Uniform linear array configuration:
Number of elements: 32
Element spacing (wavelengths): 1
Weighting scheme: kaiser
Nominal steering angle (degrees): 60
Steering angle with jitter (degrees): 58.824
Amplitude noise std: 0.05
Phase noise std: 0.05

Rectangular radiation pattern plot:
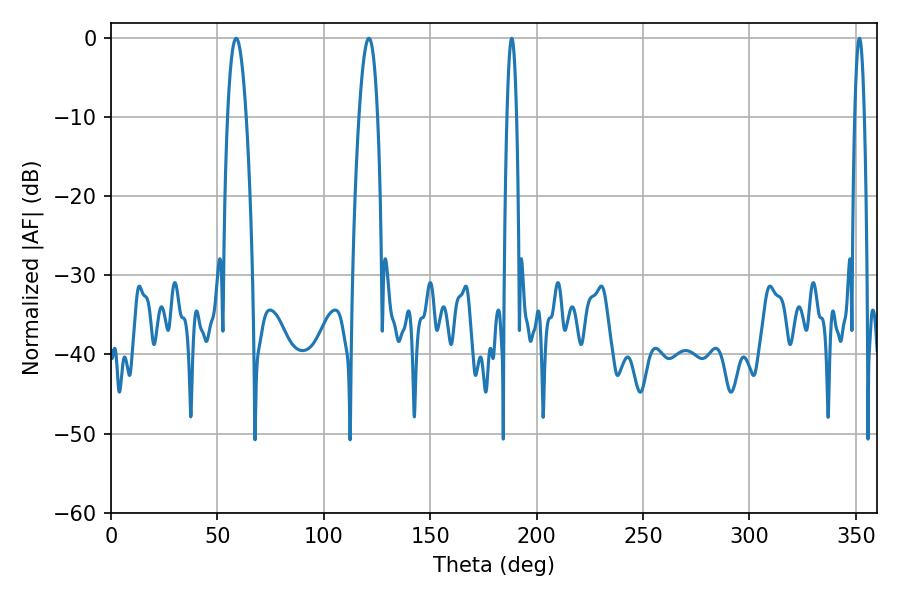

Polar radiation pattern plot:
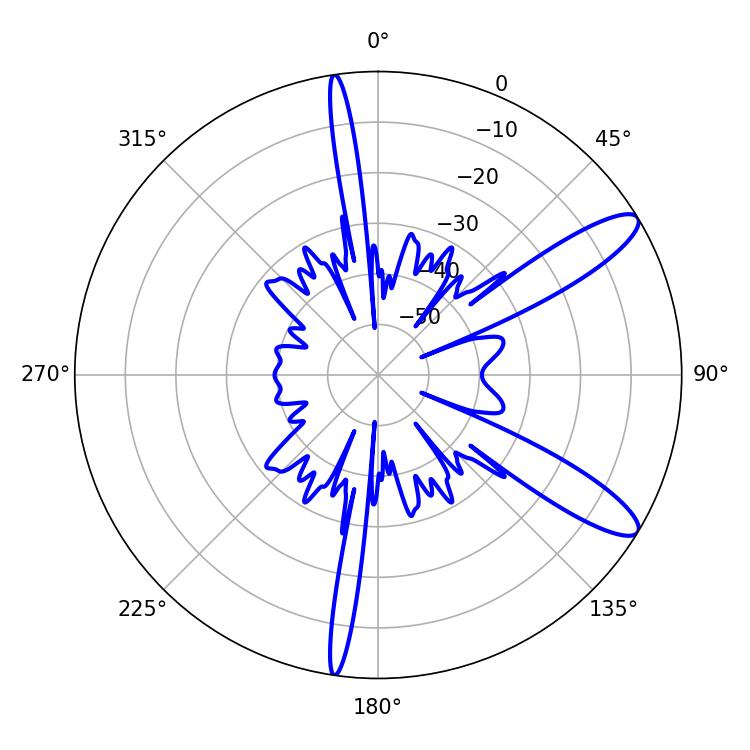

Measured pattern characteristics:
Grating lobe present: TRUE
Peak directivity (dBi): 11.473
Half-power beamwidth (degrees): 4.86
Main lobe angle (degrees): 58.86